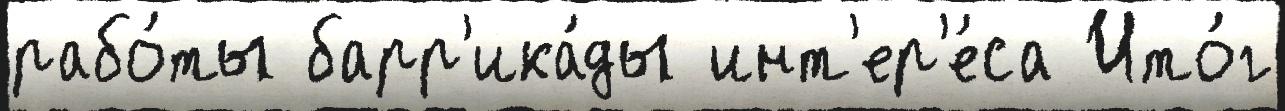
рабо́ты барр'ика́ды инт'ер'е́са Ито́г